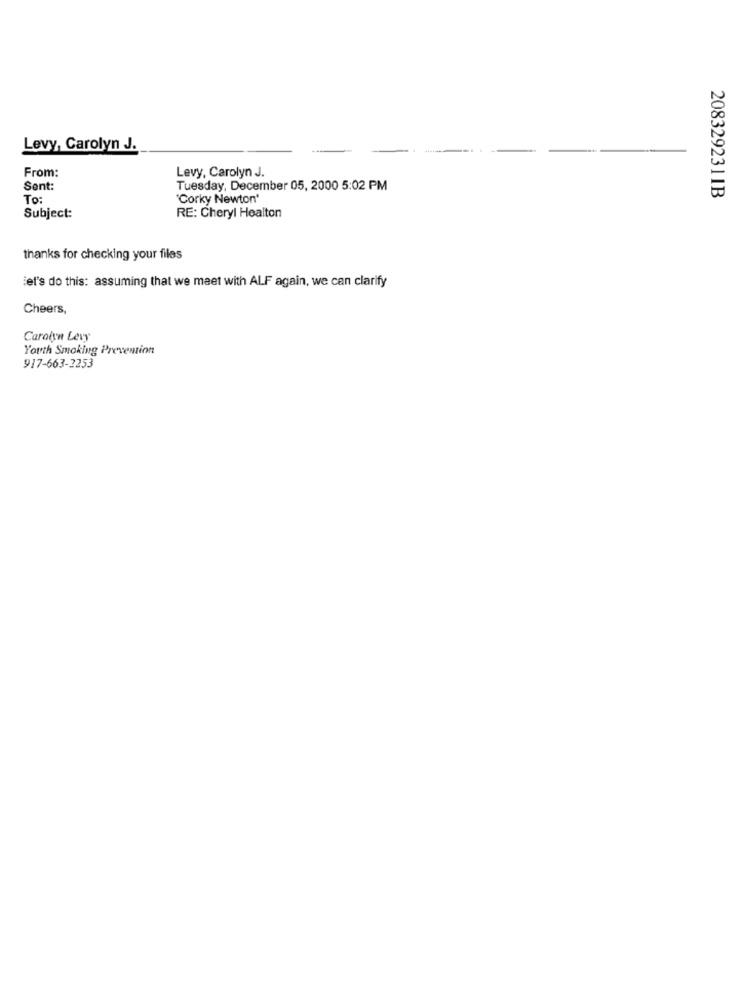
Levy, Carolyn J.
From:
Levy, Carolyn J.
Sent:
Tuesday, December 05, 2000 5:02 PM
To:
"Corky Newton'
2083292311B
Subject:
RE: Cheryl Healton
thanks for checking your files
el's do this: assuming that we meet with ALF again, we can clarify
Cheers,
Carolyn Levy
Youth Smoking Prevention
917-663-2253